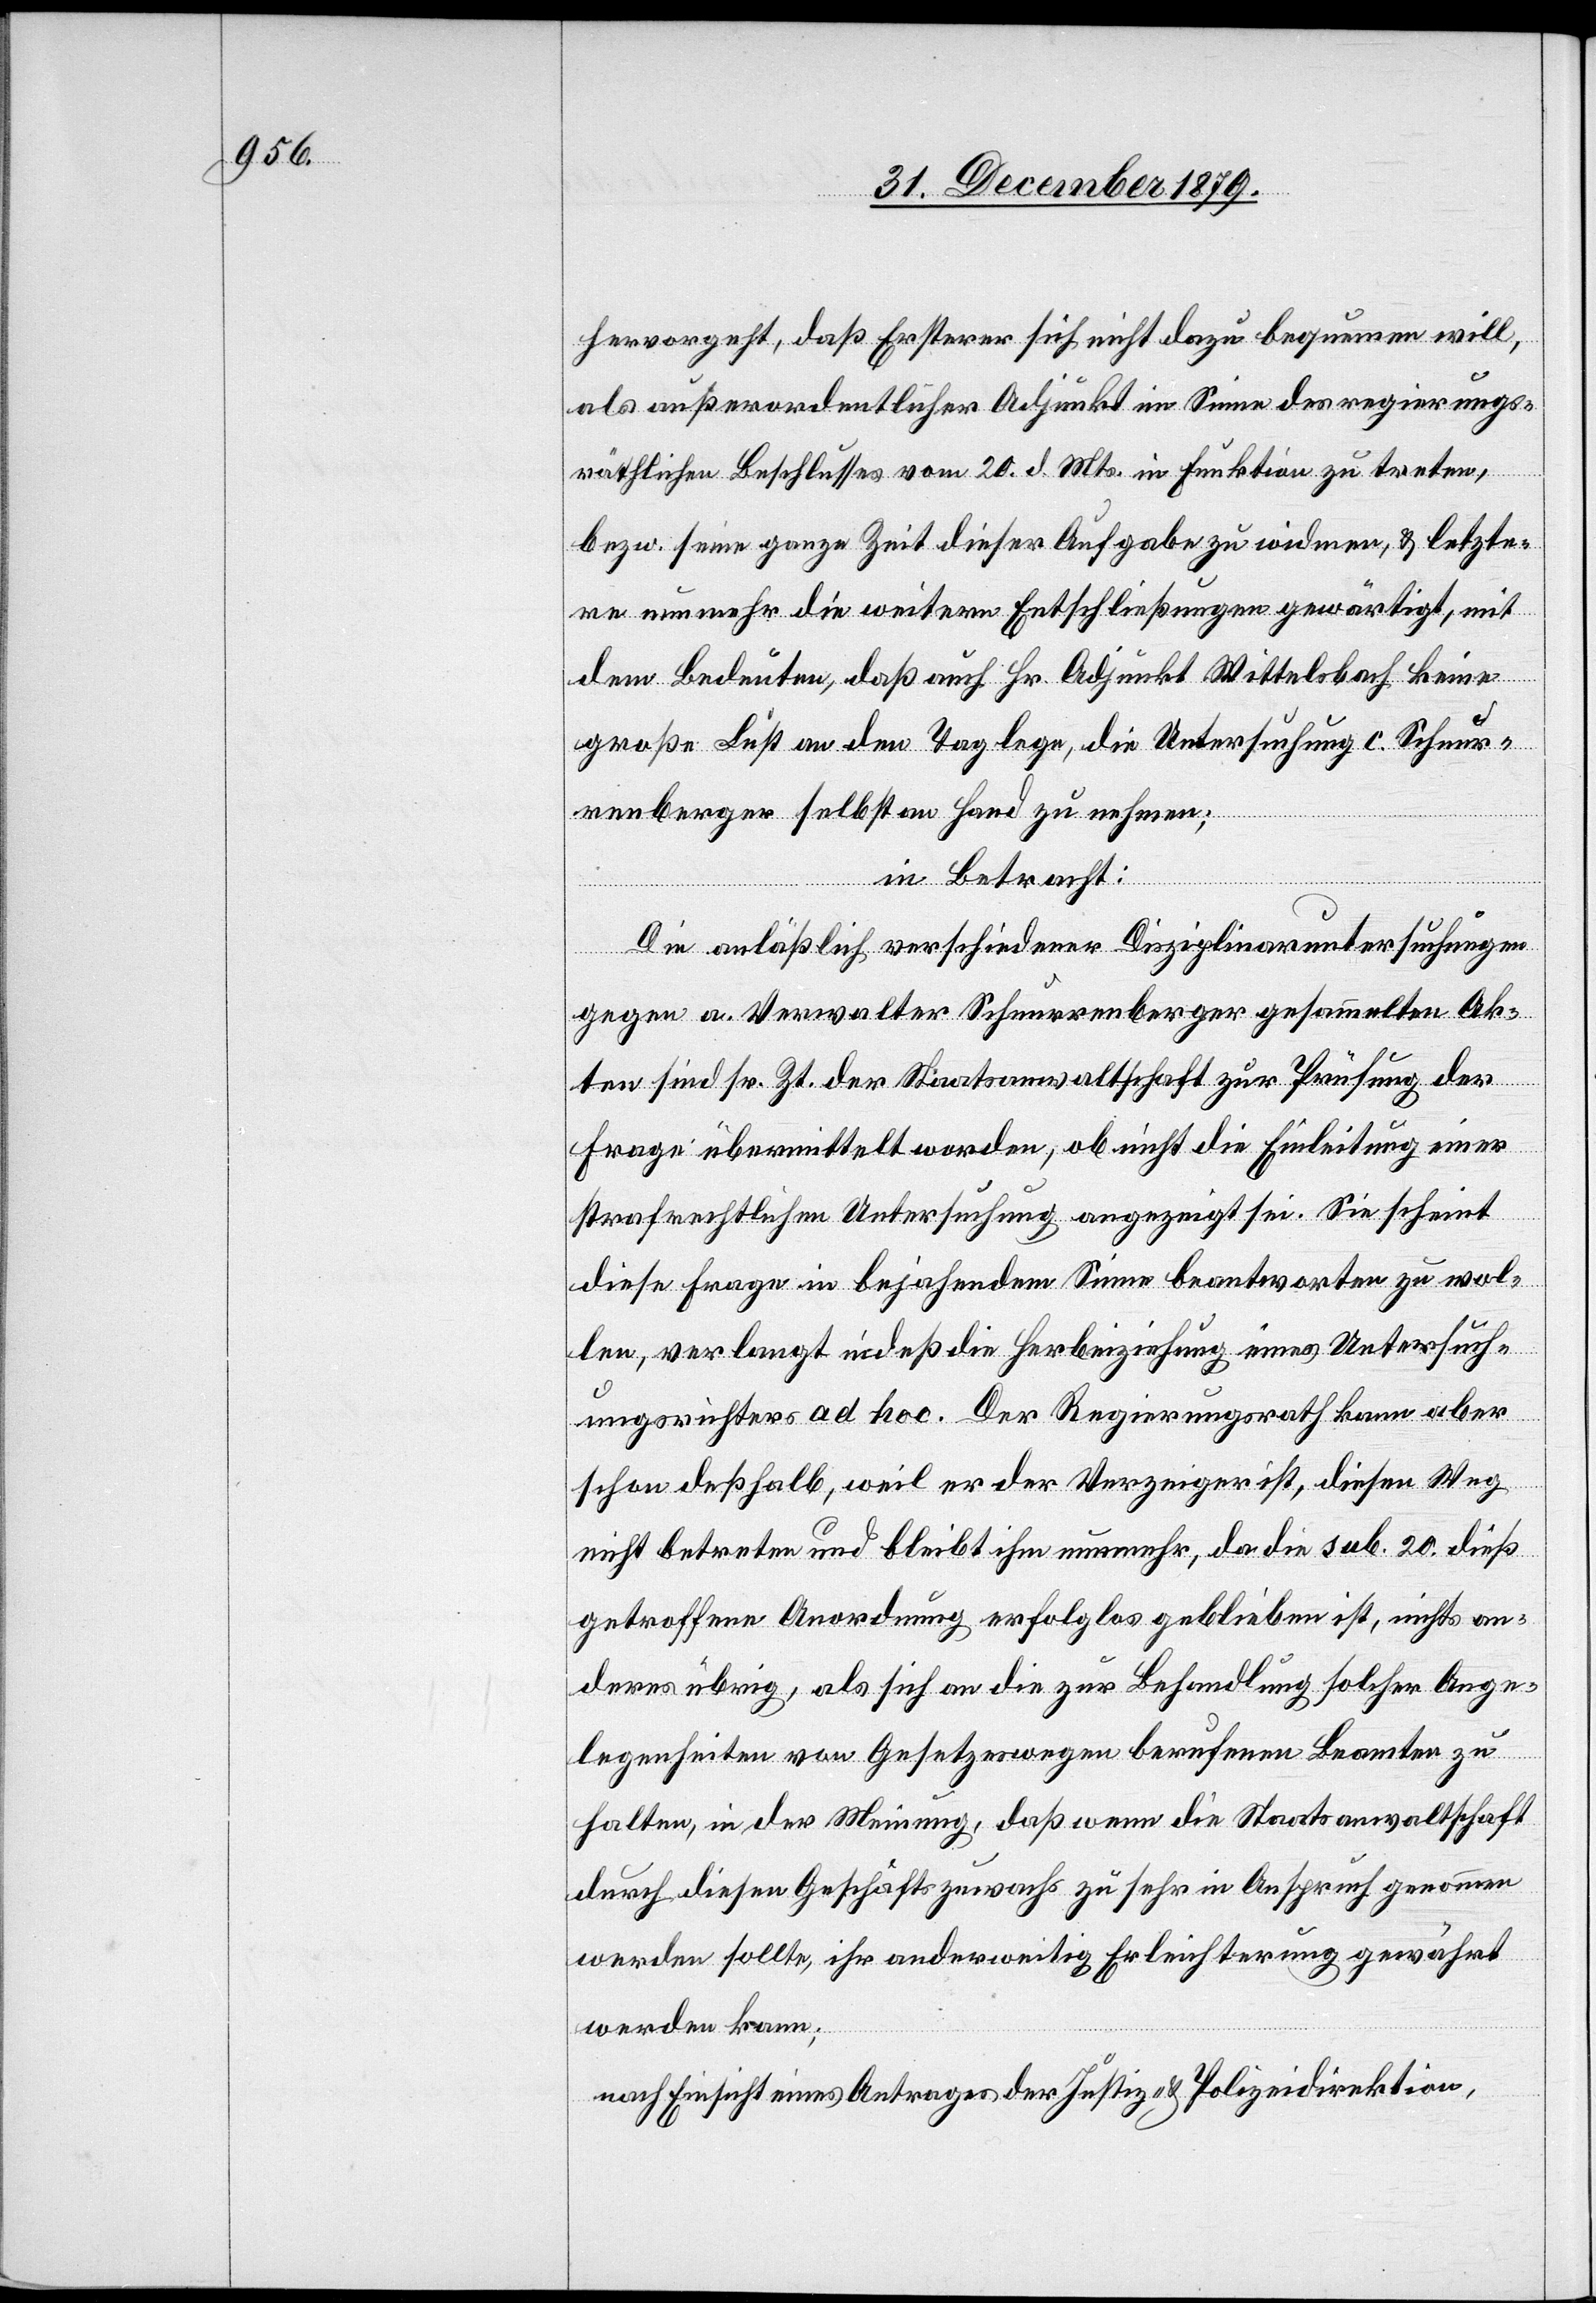
hervorgeht, daß Ersterer sich nicht dazu bequemen will,
als außerordentlicher Adjunkt im Sinne des regierungs¬
räthlichen Beschlusses vom 20. d. Mts. in Funktion zu treten,
bezw. seine ganze Zeit dieser Aufgabe zu widmen, & letzte¬
re nunmehr die weitere Entschließungen gewärtigt, mit
dem Bedeuten, daß auch Hr. Adjunkt Wittelsbach keine
große Lust an den Tag lege, die Untersuchung c. Schnur¬
renberger selbst an Hand zu nehmen;
in Betracht:
Die anläßlich verschiedener Disziplinaruntersuchungen
gegen a. Verwalter Schnurrenberger gesammelte Ak¬
ten sind sr. Zt. der Staatsanwaltschaft zur Prüfung der
Frage übermittelt worden, ob nicht die Einleitung einer
strafrechtlichen Untersuchung angezeigt sei. Sie scheint
diese Frage in bejahendem Sinne beantworten zu wol¬
len, verlangt indeß die Herbeiziehung eines Untersuch¬
ungsrichters ad hoc. Der Regierungsrath kann aber
schon deshalb, weil er der Verzeiger ist, diesen Weg
nicht betreten und bleibt ihm nunmehr, da die sub. 20. dieß
getroffene Anordnung erfolglos geblieben ist, nichts an¬
deres übrig, als sich an die zur Behandlung solcher Ange¬
legenheiten von Gesetzeswegen berufenen Beamten zu
halten, in der Meinung, daß wenn die Staatsanwaltschaft
durch diesen Geschäftszuwachs zu sehr in Anspruch genommen
werden sollte, ihr anderweitig Erleichterung gewährt
werden kann;
nach Einsicht eines Antrages der Justiz- & Polizeidirektion,